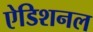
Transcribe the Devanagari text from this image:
ऐडिशनल